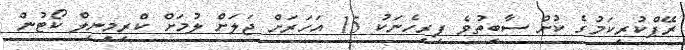
ރޭޕްކުރިކަމުގެ ކުށް ސާބިތުވެ ފިރިހެނަކު 15 އަހަރަށް ޖަލަށް ލުމަށް ކްރިމިނިލް ކޯޓުން